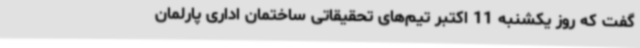
گفت که روز یکشنبه 11 اکتبر تیم‌های تحقیقاتی ساختمان اداری پارلمان